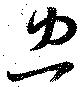
忠